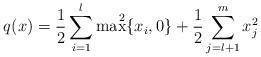
LaTeX: \begin{align*} q(x) = \frac{1}{2} \sum_{i=1}^{l} \max ^{~ ~~~2} \{x_i , 0\} + \frac{1}{2} \sum_{j=l+1}^{m} x_j^2 \end{align*}